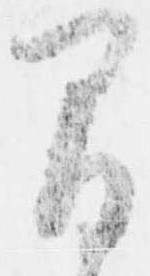
間